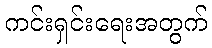
ကင်းရှင်းရေးအတွက်